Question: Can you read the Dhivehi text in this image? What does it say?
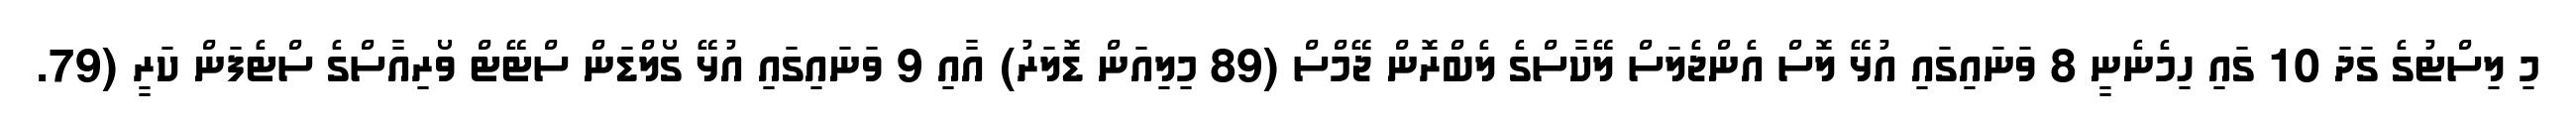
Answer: މި ލިސްޓުގެ ގަދަ 10 ގައި ހިމެނެނީ 8 ވަނައިގައި އުޅޭ ލޮސް އެންޖެލަސް ލޭކާސްގެ ލެބްރޮން ޖޭމްސް (89 މިލިއަން ޑޮލަރު) އާއި 9 ވަނައިގައި އުޅޭ ގޯލްޑަން ސްޓޭޓް ވޯރިއާސްގެ ސްޓެފަން ކަރީ (79.